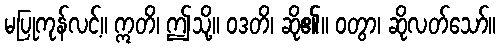
မပြုကုန်လင့်။ ဣတိ၊ ဤသို့။ ဝဒတိ၊ ဆို၏။ ဝတွာ၊ ဆိုလတ်သော်။